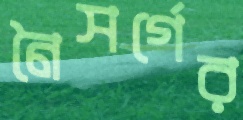
নৈসর্গের